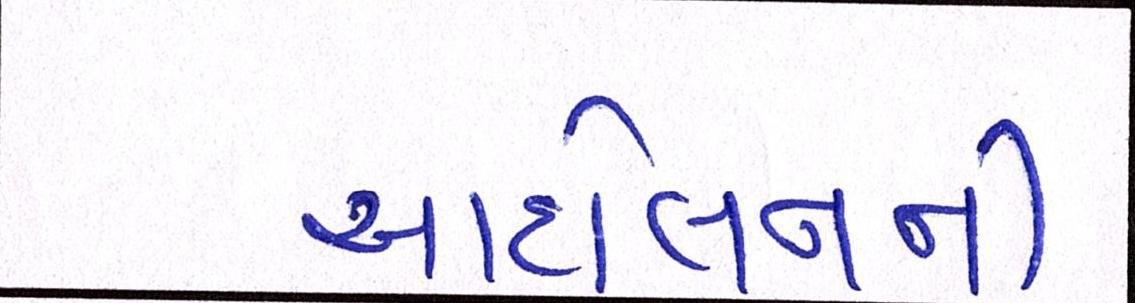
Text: આંદોલનની